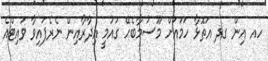
ހއ އިން ގދ އަތޮޅާ ހަމައަށް މޫސުމާބެހޭ ގައުމީ އިދާރާއިން ނެރެފައިވާ ވައިޓްއެ